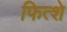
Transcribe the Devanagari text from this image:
फित्शे